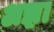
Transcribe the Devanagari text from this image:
अझ़ा